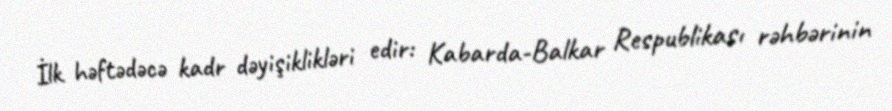
İlk həftədəcə kadr dəyişiklikləri edir: Kabarda-Balkar Respublikası rəhbərinin